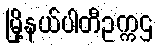
မြို့နယ်ပါတီဥက္ကဌ